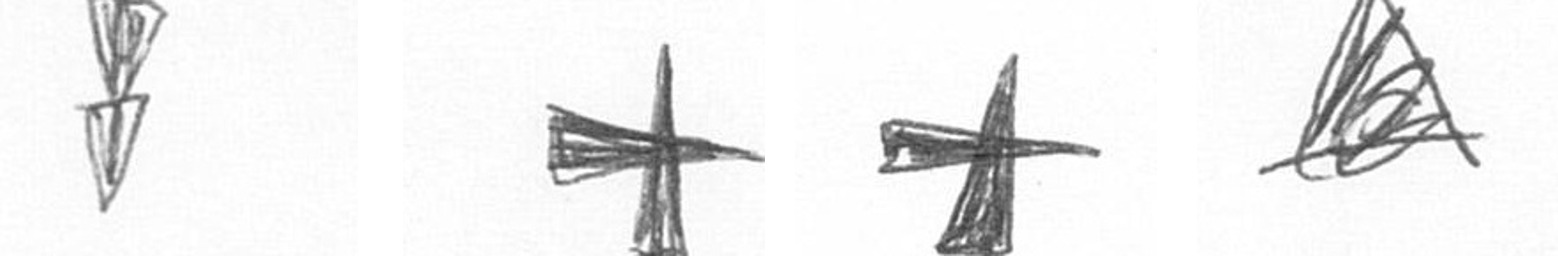
Z G G O